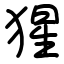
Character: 猩